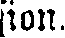
sion.